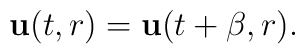
{\bf u}(t,r)={\bf u}(t+\beta,r).